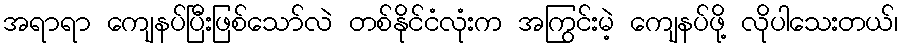
အရာရာ ကျေနပ်ပြီးဖြစ်သော်လဲ တစ်နိုင်ငံလုံးက အကြွင်းမဲ့ ကျေနပ်ဖို့ လိုပါသေးတယ်၊